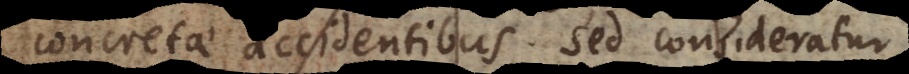
concretae accidentibus. Sed consideratur